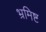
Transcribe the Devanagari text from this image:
भ्रमिष्ट